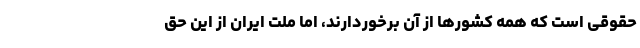
حقوقی است که همه کشور‌ها از آن برخوردارند، اما ملت ایران از این حق